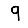
Digit: 9